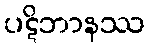
ပဋိဘာနဿ